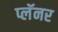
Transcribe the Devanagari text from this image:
प्लॅनर